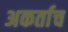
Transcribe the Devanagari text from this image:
अकर्ताच